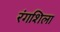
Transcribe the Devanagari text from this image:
रंगशिला